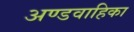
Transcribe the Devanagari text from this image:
अण्डवाहिका